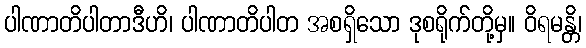
ပါဏာတိပါတာဒီဟိ၊ ပါဏာတိပါတ အစရှိသော ဒုစရိုက်တို့မှ။ ဝိရမန္တိ၊